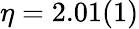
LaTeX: \eta=2.01(1)